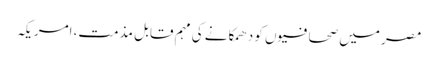
مصر میں صحافیوں کو دھمکانے کی مہم قابل مذمت، امریکہ